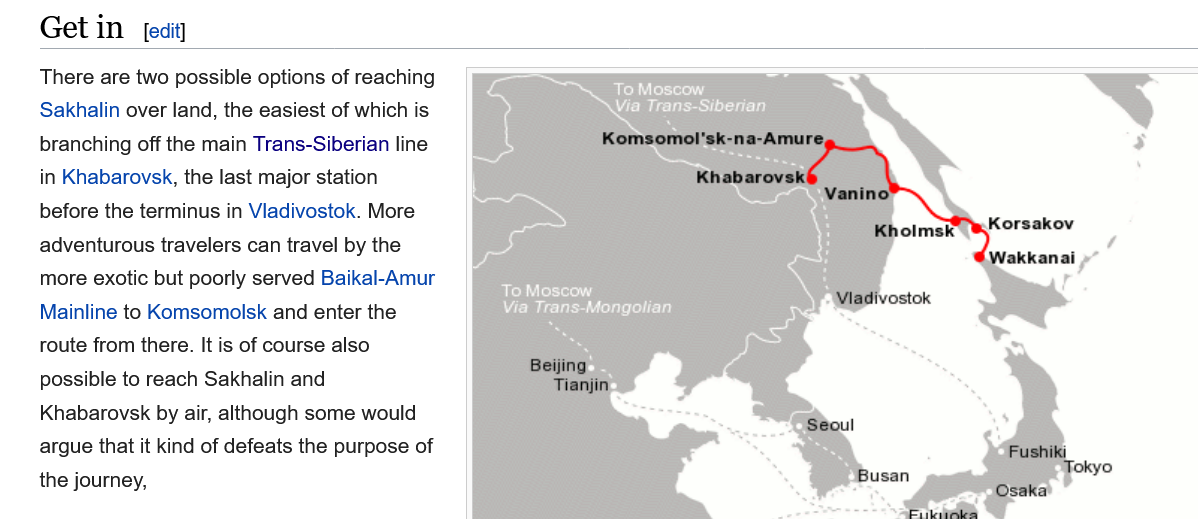
Get   in  edit]

     BCR eters
     Eee)
     Baer
     Rees    Te
    There are two possible options of reaching
    Sakhalin over land, the easiest of which is
    branching off the main Trans-Siberian line
    in Khabarovsk, the last major station
    before the terminus in Vladivostok. More
    adventurous travelers can travel by the
    more  exotic but poorly served Baikal-Amur
    Mainline to Komsomolsk and enter the
    route from there. It is of course also
    possible to reach Sakhalin and
    Khabarovsk by air, although some would
    argue that it kind of defeats the purpose of
    the journey,